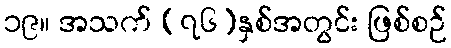
၁၉။ အသက် (၇၆)နှစ်အတွင်း ဖြစ်စဉ်